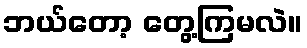
ဘယ်တော့ တွေ့ကြမလဲ။